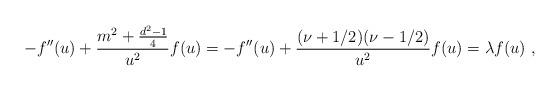
LaTeX: \begin{align*}-f''(u) + \frac{m^2+\frac{d^2-1}4}{u^2} f(u)= -f''(u) + \frac{(\nu+1/2)(\nu-1/2)}{u^2} f(u) =\lambda f(u)\ , \end{align*}